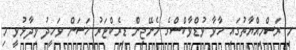
މި ރަސްމިއްޔާތުގައި ހާވާ ވުޑްވާކްސްގެ މެނޭޖިން ޑިރެކްޓަރު ހަސަން ވަހީދު ވިދާޅުވީ މި